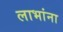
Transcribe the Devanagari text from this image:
लाभांना